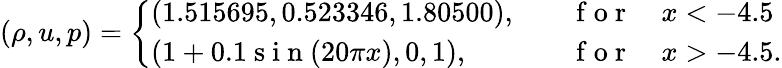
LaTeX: (\rho,u,p)=\left\{ \begin{array}{ll}{(1.515695,0.523346,1.80500),\quad}&{\mathrm{~f~o~r~}\quad x<-4.5}\\ {(1+0.1\mathrm{~s~i~n~}(20\pi x),0,1),\quad}&{\mathrm{~f~o~r~}\quad x>-4.5.}\end{array}\right.